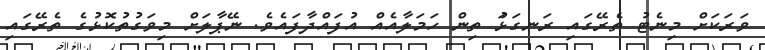
ވަރަކަށް މިނެޓު ތެރޭގައި ރަނގަޅުަ ތިން ހަމަލާއެއް އުފައްދާފައެވެ. ނޭޕާލަށް މިވަގުތުކޮޅުގެ ތެރޭގައި